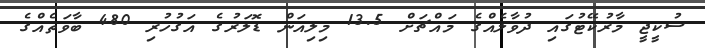
ސުކީޖީ މާރުކޭޓުގައި ދުވާލެއްގެ މައްޗަށް 13.5 މިލިއަން ޑޮލަރުގެ އަގުހުރި 480 ބާވަތެއްގެ